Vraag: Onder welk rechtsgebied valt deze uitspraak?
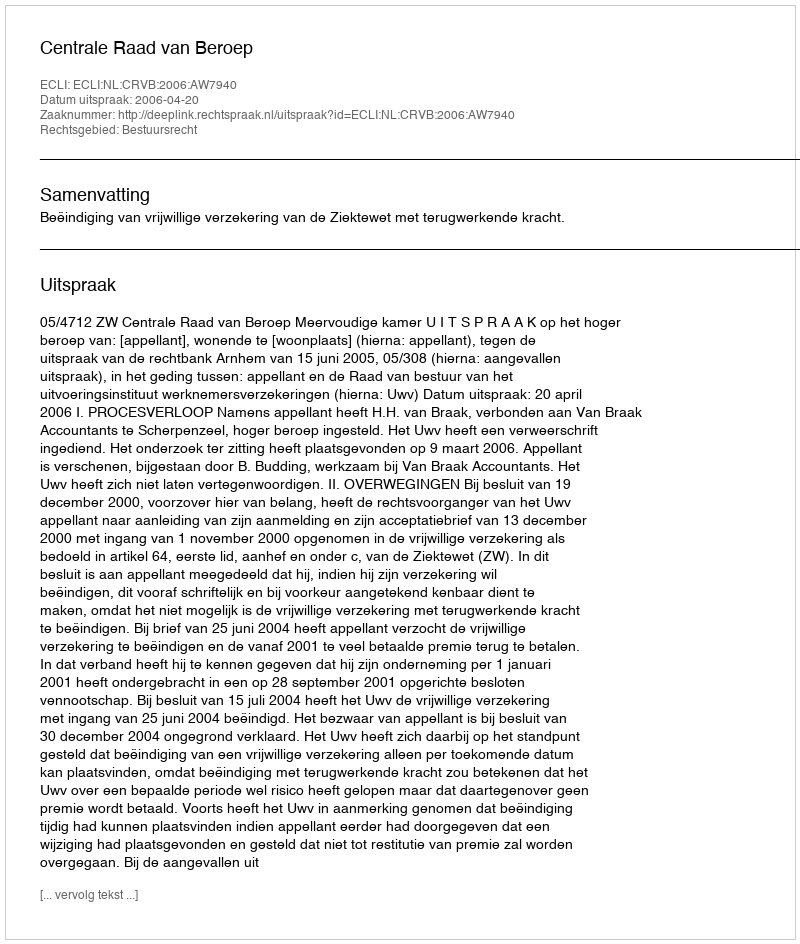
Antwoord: Bestuursrecht